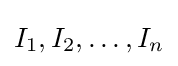
I_{1},I_{2},\dots ,I_{n}